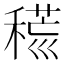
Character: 𥡍